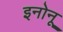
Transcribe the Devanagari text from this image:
इनोनू